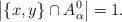
\begin{align*} \big|\{x,y\}\cap A^0_{\alpha}\big|=1.\end{align*}